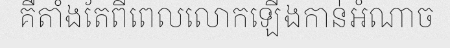
គឺតាំងតែពីពេលលោកឡើងកាន់អំណាច